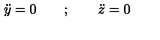
{ \ddot { y } } = 0 \qquad ; \qquad { \ddot { z } } = 0